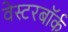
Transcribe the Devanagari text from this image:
वेस्टरबॉर्क